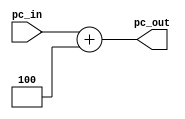
module PCadd4 (
    input [31:0] pc_in,
    output [31:0] pc_out
);
    assign pc_out = pc_in + 4'b0100;
endmodule